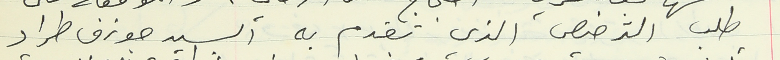
طلب الترخيص الذي تقدم به ألسيد جوزف طراد